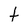
Character: t